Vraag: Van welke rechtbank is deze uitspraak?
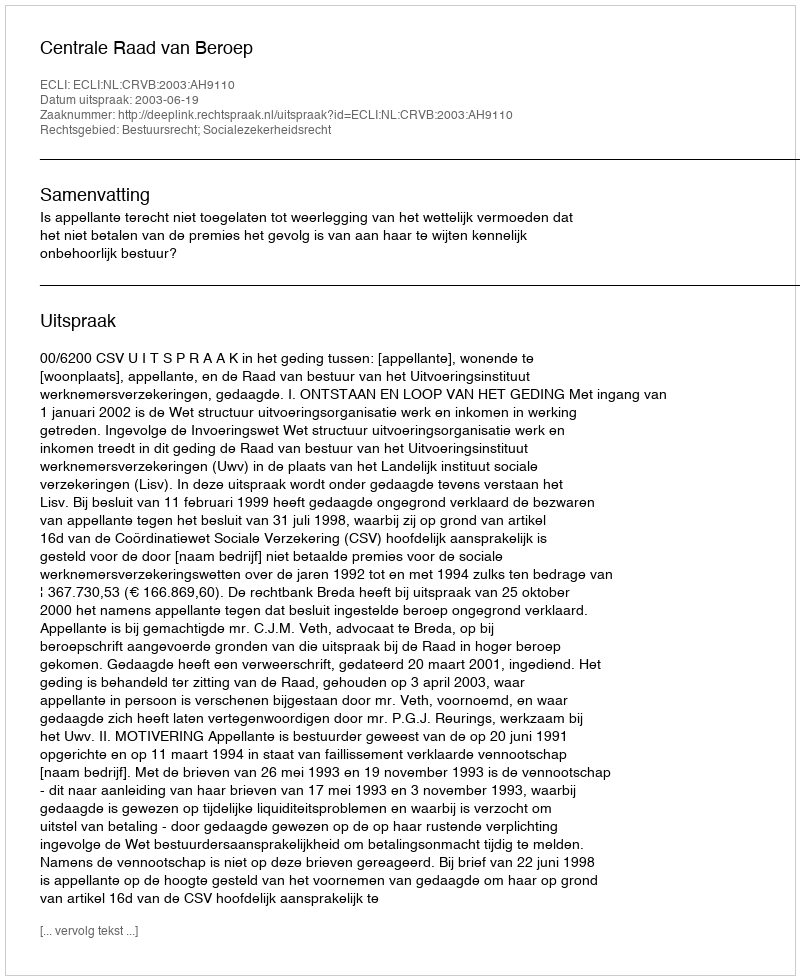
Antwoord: Centrale Raad van Beroep